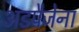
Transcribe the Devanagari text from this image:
अडपैजेना